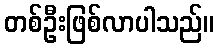
တစ်ဦးဖြစ်လာပါသည်။